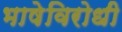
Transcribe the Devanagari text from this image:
भाषेविरोधी